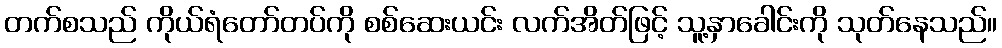
တက်စသည် ကိုယ်ရံတော်တပ်ကို စစ်ဆေးယင်း လက်အိတ်ဖြင့် သူ့နှာခေါင်းကို သုတ်နေသည်။